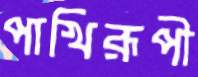
পাখিরূপী